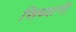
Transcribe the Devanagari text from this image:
सिध्वानी